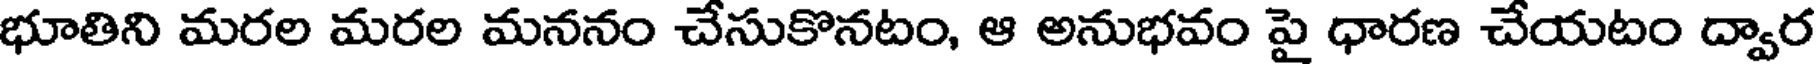
భూతిని మరల మరల మననం చేసుకొనటం, ఆ అనుభవం పై ధారణ చేయటం ద్వార